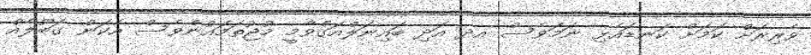
ވެރިރަށް ކަމަށް ކަނޑައެޅި ނަމަވެސް އދ އަދި ބައިނަލްއަގްވާމީ މުޖުތަމައުންވެސް އެކަން ގަބޫލެއް